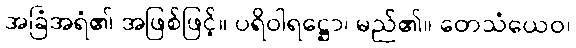
အခြံအရံ၏ အဖြစ်ဖြင့်။ ပရိဝါရဋ္ဌော၊ မည်၏။ တေသံယေဝ၊